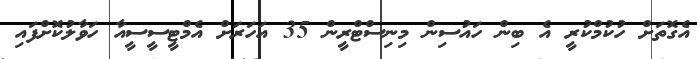
އެގޮތަށް ހުކުމްކުރީ އެ ބިން ހައުސިން މިނިސްޓްރީން 35 އަހަރަށް އެމްޓީސީސީއާ ހަވާލުކޮށްފައި